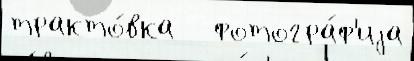
тракто́вка   фотогра́ф'иjа